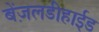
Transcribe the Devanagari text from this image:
बेंज़लडीहाईड